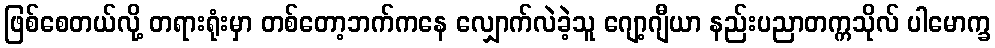
ဖြစ်စေတယ်လို့ တရားရုံးမှာ တစ်တော့ဘက်ကနေ လျှောက်လဲခဲ့သူ ဂျော့ဂျီယာ နည်းပညာတက္ကသိုလ် ပါမောက္ခ